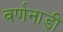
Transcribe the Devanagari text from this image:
वर्णनाड़ी